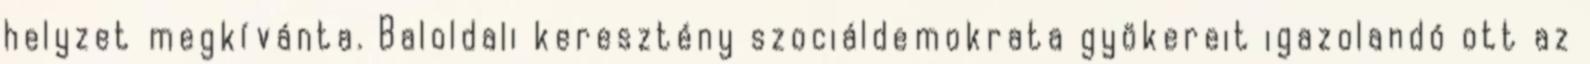
helyzet megkívánta. Baloldali keresztény szociáldemokrata gyö­ke­reit igazolandó ott az